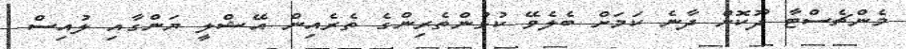
މެންޗެސްޓާ ދޫކޮށް ދާނެ ކަމަށް ބެލެވޭ ކުޅުންތެރިންގެ ތެރެއިން އޭޝްލީ ޔަންގާއި ލުއިސް